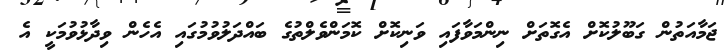
ޖަމާއަތުން ގަބޫލުކޮށް އެގޮތަށް ނިންމަވާފައި ވަނިކޮށް ކޮމަންވެލްތުގެ ބައްދަލުވުމުގައި އެހެން ވިދާޅުވުމަކީ އެ